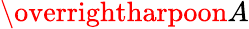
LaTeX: \overrightharpoon{A}